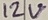
Text: 12V